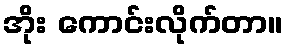
အိုး ကောင်းလိုက်တာ။